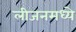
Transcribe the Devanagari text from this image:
लीजनमध्ये